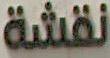
نقشة